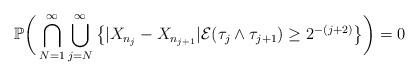
LaTeX: \begin{align*}\mathbb{P}\bigg( \bigcap_{N=1}^\infty \bigcup_{j=N}^\infty \big\{ | X_{n_j} - X_{n_{j+1}} |\mathcal{E}(\tau_j \wedge \tau_{j+1}) \geq 2^{-(j+2)} \big\} \bigg) = 0\end{align*}